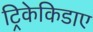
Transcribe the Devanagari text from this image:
ट्रिकेकिडाए